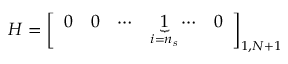
H = \left[ \begin{array} { l l l l l } { 0 } & { 0 } & { \cdots } & { \underbrace { 1 } _ { i = n _ { s } } \cdots } & { 0 } \end{array} \right] _ { 1 , N + 1 }